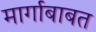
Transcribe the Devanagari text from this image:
मार्गाबाबत